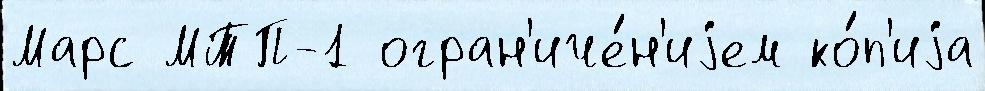
Марс МТП-1 огран'иче́н'иjем ко́п'иjа